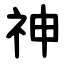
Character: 神